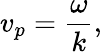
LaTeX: v_{p}={\frac{\omega}{k}},